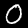
Label: 0